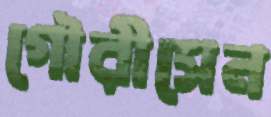
গৌরীসেন